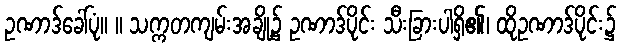
ဥဏာဒ်ခေါ်ပုံ။ ။ သက္ကတကျမ်းအချို့၌ ဥဏာဒ်ပိုင်း သီးခြားပါရှိ၏၊ ထိုဥဏာဒ်ပိုင်း၌